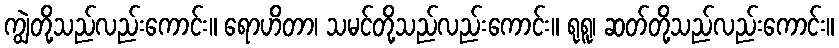
ကျွဲတို့သည်လည်းကောင်း။ ရောဟိတာ၊ သမင်တို့သည်လည်းကောင်း။ ရုရူ၊ ဆတ်တို့သည်လည်းကောင်း။